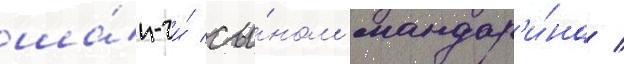
ша́н-чи́ сы́ном мандар'и́на /